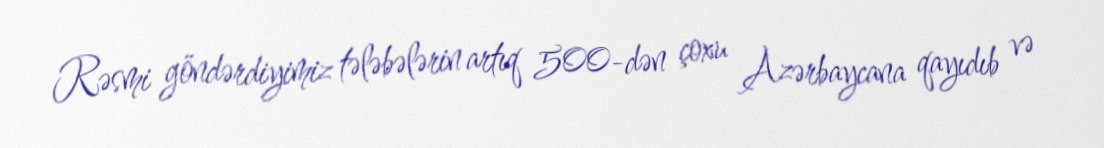
Rəsmi göndərdiyimiz tələbələrin artıq 500-dən çoxu Azərbaycana qayıdıb və